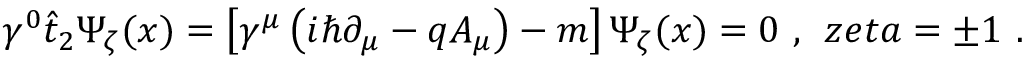
\gamma ^ { 0 } \hat { t } _ { 2 } \Psi _ { \zeta } ( x ) = \left[ \gamma ^ { \mu } \left( i \hbar \partial _ { \mu } - q A _ { \mu } \right) - m \right] \Psi _ { \zeta } ( x ) = 0 \, \, , \; \, z e t a = \pm 1 \, \, .